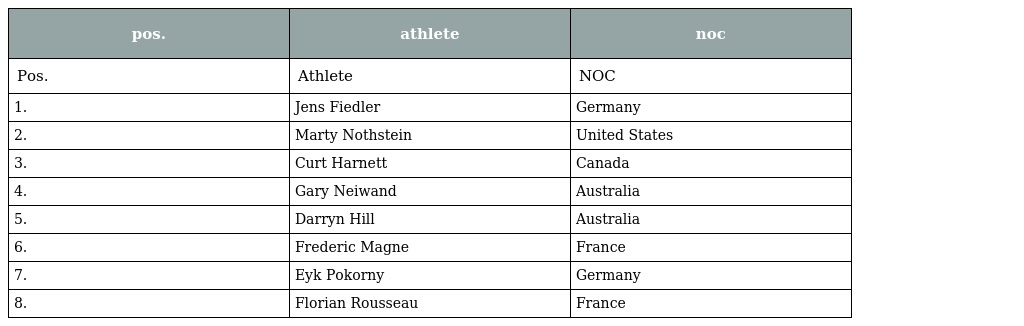
| pos. | athlete | noc |
 | --- | --- | --- |
 | Pos. | Athlete | NOC |
 | 1. | Jens Fiedler | Germany |
 | 2. | Marty Nothstein | United States |
 | 3. | Curt Harnett | Canada |
 | 4. | Gary Neiwand | Australia |
 | 5. | Darryn Hill | Australia |
 | 6. | Frederic Magne | France |
 | 7. | Eyk Pokorny | Germany |
 | 8. | Florian Rousseau | France |